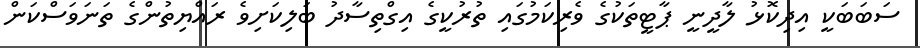
ސަބަބަކީ އިދިކޮޅު ލާދީނީ ޕާޓީތަކުގެ ވެރިކަމުގައި ތުރުކީގެ އިގްތިސާދު ބަލިކަށިވެ ރައްޔިތުންގެ ތަނަވަސްކަން